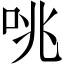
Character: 咷